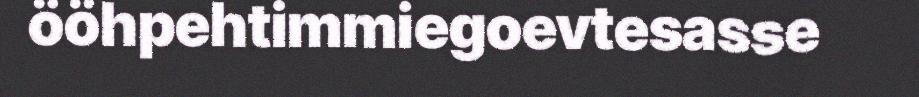
ööhpehtimmiegoevtesasse